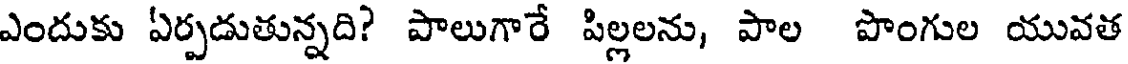
ఎందుకు ఏర్పడుతున్నది? పాలుగారే పిల్లలను, పాల పొంగుల యువత